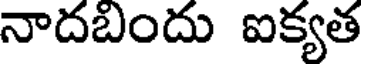
నాదబిందు ఐక్యత